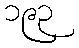
၁၉၃